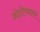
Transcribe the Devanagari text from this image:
ओटीच्यावर